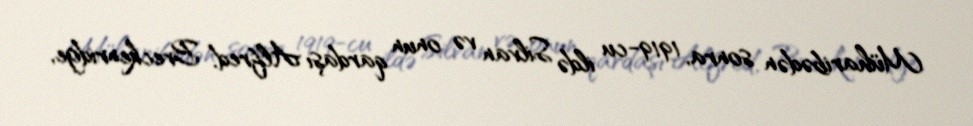
Müharibədən sonra, 1919-cu ildə Silvan və onun qardaşı Alfred, Breckenridge,